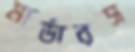
মার্ডারস